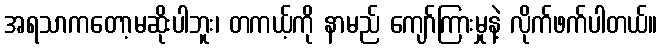
အရသာကတော့မဆိုးပါဘူး၊ တကယ့်ကို နာမည် ကျော်ကြားမှုနဲ့ လိုက်ဖက်ပါတယ်။